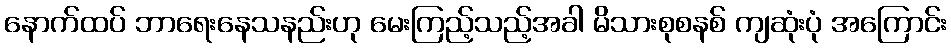
နောက်ထပ် ဘာရေးနေသနည်းဟု မေးကြည့်သည့်အခါ မိသားစုစနစ် ကျဆုံးပုံ အကြောင်း